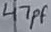
Text: 47pF